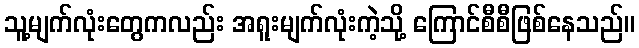
သူ့မျက်လုံးတွေကလည်း အရူးမျက်လုံးကဲ့သို့ ကြောင်စီစီဖြစ်နေသည်။